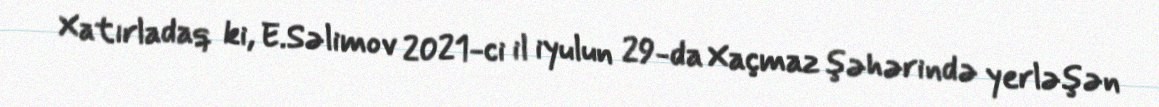
Xatırladaq ki, E.Səlimov 2021-ci il iyulun 29-da Xaçmaz şəhərində yerləşən